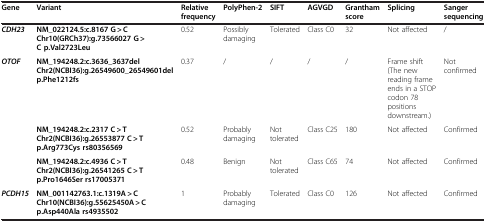
<table><thead><tr><td><b>Gene</b></td><td><b>Variant</b></td><td><b>Relative frequency</b></td><td><b>PolyPhen-2</b></td><td><b>SIFT</b></td><td><b>AGVGD</b></td><td><b>Grantham score</b></td><td><b>Splicing</b></td><td><b>Sanger sequencing</b></td></tr></thead><tbody><tr><td><b> <i>CDH23</i> </b></td><td><b>NM_022124.5:c.8167 G &gt; C Chr10(GRCh37):g.73566027 G &gt; C p.Val2723Leu</b></td><td>0.52</td><td>Possibly damaging</td><td>Tolerated</td><td>Class C0</td><td>32</td><td>Not affected</td><td>/</td></tr><tr><td><b> <i>OTOF</i> </b></td><td><b>NM_194248.2:c.3636_3637del Chr2(NCBI36):g.26549600_26549601del p.Phe1212fs </b></td><td>0.37</td><td>/</td><td>/</td><td>/</td><td>/</td><td>Frame shift (The new reading frame ends in a STOP codon 78 positions downstream.)</td><td>Not confirmed</td></tr><tr><td> </td><td><b>NM_194248.2:c.2317 C &gt; TChr2(NCBI36):g.26553877 C &gt; T p.Arg773Cys rs80356569</b></td><td>0.52</td><td>Probably damaging</td><td>Not tolerated</td><td>Class C25</td><td>180</td><td>Not affected</td><td>Confirmed</td></tr><tr><td> </td><td><b>NM_194248.2:c.4936 C &gt; T Chr2(NCBI36):g.26541265 C &gt; T p.Pro1646Ser rs17005371</b></td><td>0.48</td><td>Benign</td><td>Not tolerated</td><td>Class C65</td><td>74</td><td>Not affected</td><td>Confirmed</td></tr><tr><td><b> <i>PCDH15</i> </b></td><td><b>NM_001142763.1:c.1319A &gt; C Chr10(NCBI36):g.55625450A &gt; C p.Asp440Ala rs4935502</b></td><td>1</td><td>Probably damaging</td><td>Tolerated</td><td>Class C0</td><td>126</td><td>Not affected</td><td>Confirmed</td></tr></tbody></table>